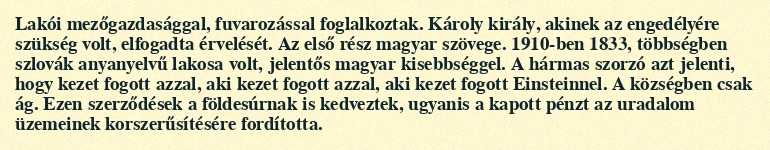
Lakói mezőgazdasággal, fuvarozással foglalkoztak. Károly király, akinek az engedélyére szükség volt, elfogadta érvelését. Az első rész magyar szövege. 1910-ben 1833, többségben szlovák anyanyelvű lakosa volt, jelentős magyar kisebbséggel. A hármas szorzó azt jelenti, hogy kezet fogott azzal, aki kezet fogott azzal, aki kezet fogott Einsteinnel. A községben csak ág. Ezen szerződések a földesúrnak is kedveztek, ugyanis a kapott pénzt az uradalom üzemeinek korszerűsítésére fordította.